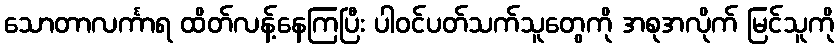
သောတာလင်္ကာရ ထိတ်လန့်နေကြပြီး ပါဝင်ပတ်သက်သူတွေကို အစုအလိုက် မြင်သူကို